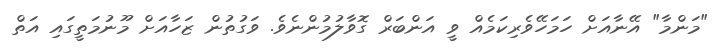
"މަންމާ" އޭނާއަށް ހަމަހޭވެރިކަމެއް ވީ އަންބަރް ގޮވާލުމުންނެވެ. ވަގުތުން ޒަހާއަށް މޫނުމަތީގައި އަތް